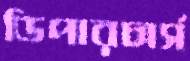
ডিপারচার্স